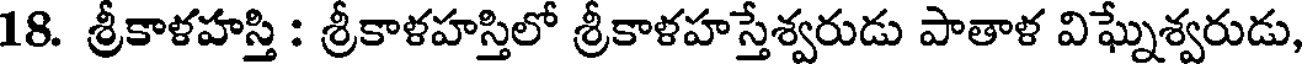
18. శ్రీకాళహస్తి : శ్రీకాళహస్తిలో శ్రీకాళహస్తేశ్వరుడు పాతాళ విఘ్నేశ్వరుడు,